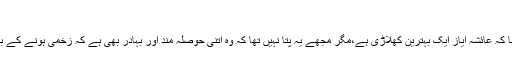
‘
عائشہ ایاز کے والد ایاز نائیک کا کہنا تھا کہ ’یہ تو میں جانتا تھا کہ عائشہ ایاز ایک بہترین کھلاڑی ہے،مگر مجھے یہ پتا نہیں تھا کہ وہ اتنی حوصلہ مند اور بہادر بھی ہے کہ زخمی ہونے کے باوجود بھی اس نے مقابلہ جاری رکھا اور مجھے بھی نہیں بتایا۔